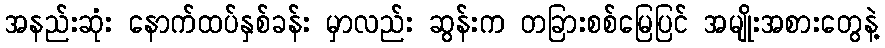
အနည်းဆုံး နောက်ထပ်နှစ်ခန်း မှာလည်း ဆွန်းက တခြားစစ်မြေပြင် အမျိုးအစားတွေနဲ့